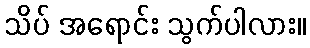
သိပ် အရောင်း သွက်ပါလား။